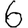
Digit: 6